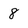
Character: 8